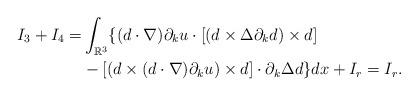
LaTeX: \begin{align*} I_3+I_4 =&\int_{\mathbb R^3}\{(d\cdot\nabla)\partial_ku\cdot [(d\times\Delta\partial_kd)\times d]\\ &-[(d\times(d\cdot\nabla)\partial_ku)\times d]\cdot \partial_k\Delta d\}dx+I_r = I_r.\end{align*}